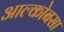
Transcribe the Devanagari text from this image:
आल्कोबसा